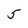
Character: 5